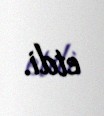
etdi.